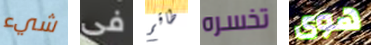
شيء فى طاقم تخسره هوى